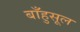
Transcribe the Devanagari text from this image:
बाँहुसूल